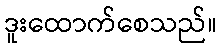
ဒူးထောက်စေသည်။